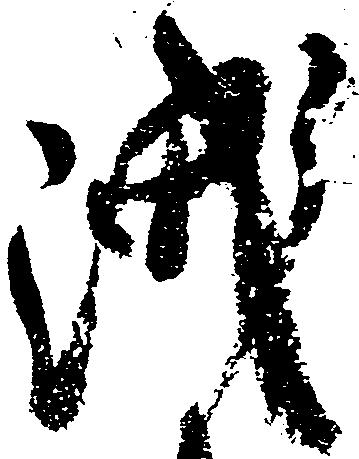
洩